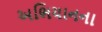
અભિયાનના